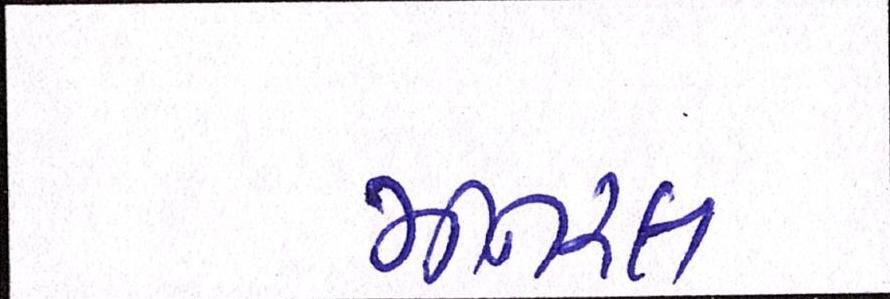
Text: મીનરલ